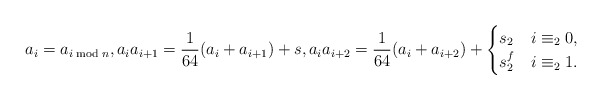
\begin{align*} a_i = a_{i \bmod n}, a_ia_{i+1} = \frac{1}{64}(a_i+a_{i+1})+s, a_ia_{i+2} = \frac{1}{64}(a_i+a_{i+2}) + \begin{cases} s_2 & i\equiv_2 0, \\ s_2^f & i\equiv_2 1. \end{cases} \end{align*}